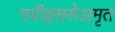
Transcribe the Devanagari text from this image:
गयीइससेअमृत